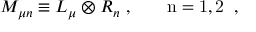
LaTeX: M _ { \mu n } \equiv L _ { \mu } \otimes R _ { n } ~ , ~ ~ ~ ~ ~ \mathrm { \tiny ~ n = 1 , 2 ~ } ~ ,